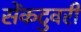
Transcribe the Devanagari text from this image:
सेंकटुवरी